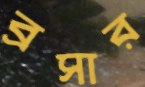
ব্রসার